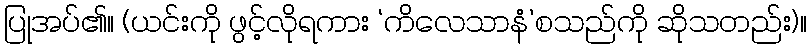
ပြုအပ်၏။ (ယင်းကို ဖွင့်လိုရကား ‘ကိလေသာနံ’စသည်ကို ဆိုသတည်း)။